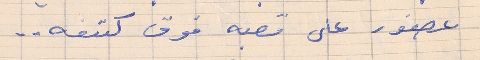
عصفور على قصبه فوق كتفه . .